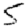
Digit: 5